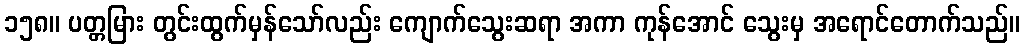
၁၅၈။ ပတ္တမြား တွင်းထွက်မှန်သော်လည်း ကျောက်သွေးဆရာ အကာ ကုန်အောင် သွေးမှ အရောင်တောက်သည်။